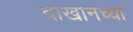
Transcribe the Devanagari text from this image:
वाखानच्या